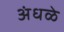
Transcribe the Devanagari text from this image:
अंधळे